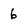
Character: 6